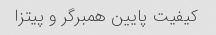
کیفیت پایین همبرگر و پیتزا